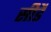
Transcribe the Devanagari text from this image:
सीडै